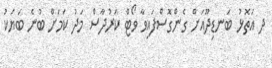
ދ އަތޮޅު ބަނޑިދޫއަށް ގެންގޮސްފައިވާ ވޯޓް ކަރުދާސް މަދު ކަމަށް ބުނެ ބަޔަކު